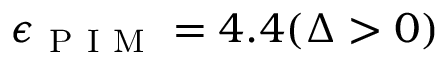
\epsilon _ { \mathrm { ~ P ~ I ~ M ~ } } = 4 . 4 ( \Delta > 0 )